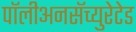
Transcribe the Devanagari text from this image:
पॉलीअनसॅच्युरेटेड